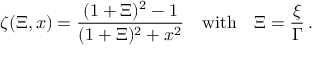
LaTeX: \zeta ( \Xi , x ) = \frac { ( 1 + \Xi ) ^ { 2 } - 1 } { ( 1 + \Xi ) ^ { 2 } + x ^ { 2 } } \quad \mathrm { w i t h } \quad \Xi = \frac { \xi } { \Gamma } \, .